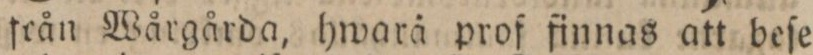
från Wårgårda, hwarå prof finnas att beſe